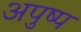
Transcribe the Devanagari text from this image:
अपुष्प